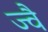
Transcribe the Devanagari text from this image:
ज्‍वै